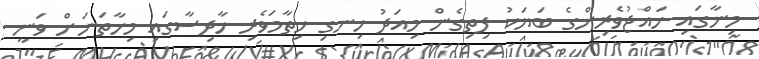
މިނާގައި ހައްޖުވެރިންގެ ބަޔަކު ފިތިގެން މިއަދު ހިނގި ހިތާމަވެރި ހާދިސާގައި މިހާތަނަށް ވަނީ